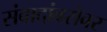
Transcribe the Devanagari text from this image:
संवादांबरोबर